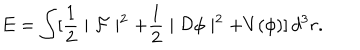
E = \int [ \frac { 1 } { 2 } \mid { \cal F } \mid ^ { 2 } + \frac { 1 } { 2 } \mid { \cal D } \phi \mid ^ { 2 } + V ( \phi ) ] \, d ^ { 3 } r .